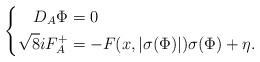
LaTeX: \begin{align*} \left\{\begin{aligned}D_A \Phi &= 0 \\\sqrt{8}iF_A^+ &= - F(x,|\sigma(\Phi)|) \sigma(\Phi) + \eta.\end{aligned}\right.\end{align*}